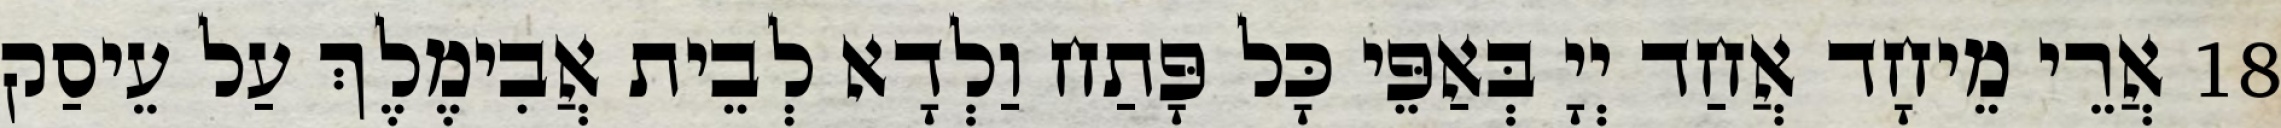
18 אֲרֵי מֵיחָד אֲחַד יְיָ בְּאַפֵּי כָּל פָּתַח וַלְדָא לְבֵית אֲבִימֶלֶךְ עַל עֵיסַק